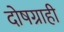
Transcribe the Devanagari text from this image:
दोषग्राही